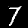
Digit: 7